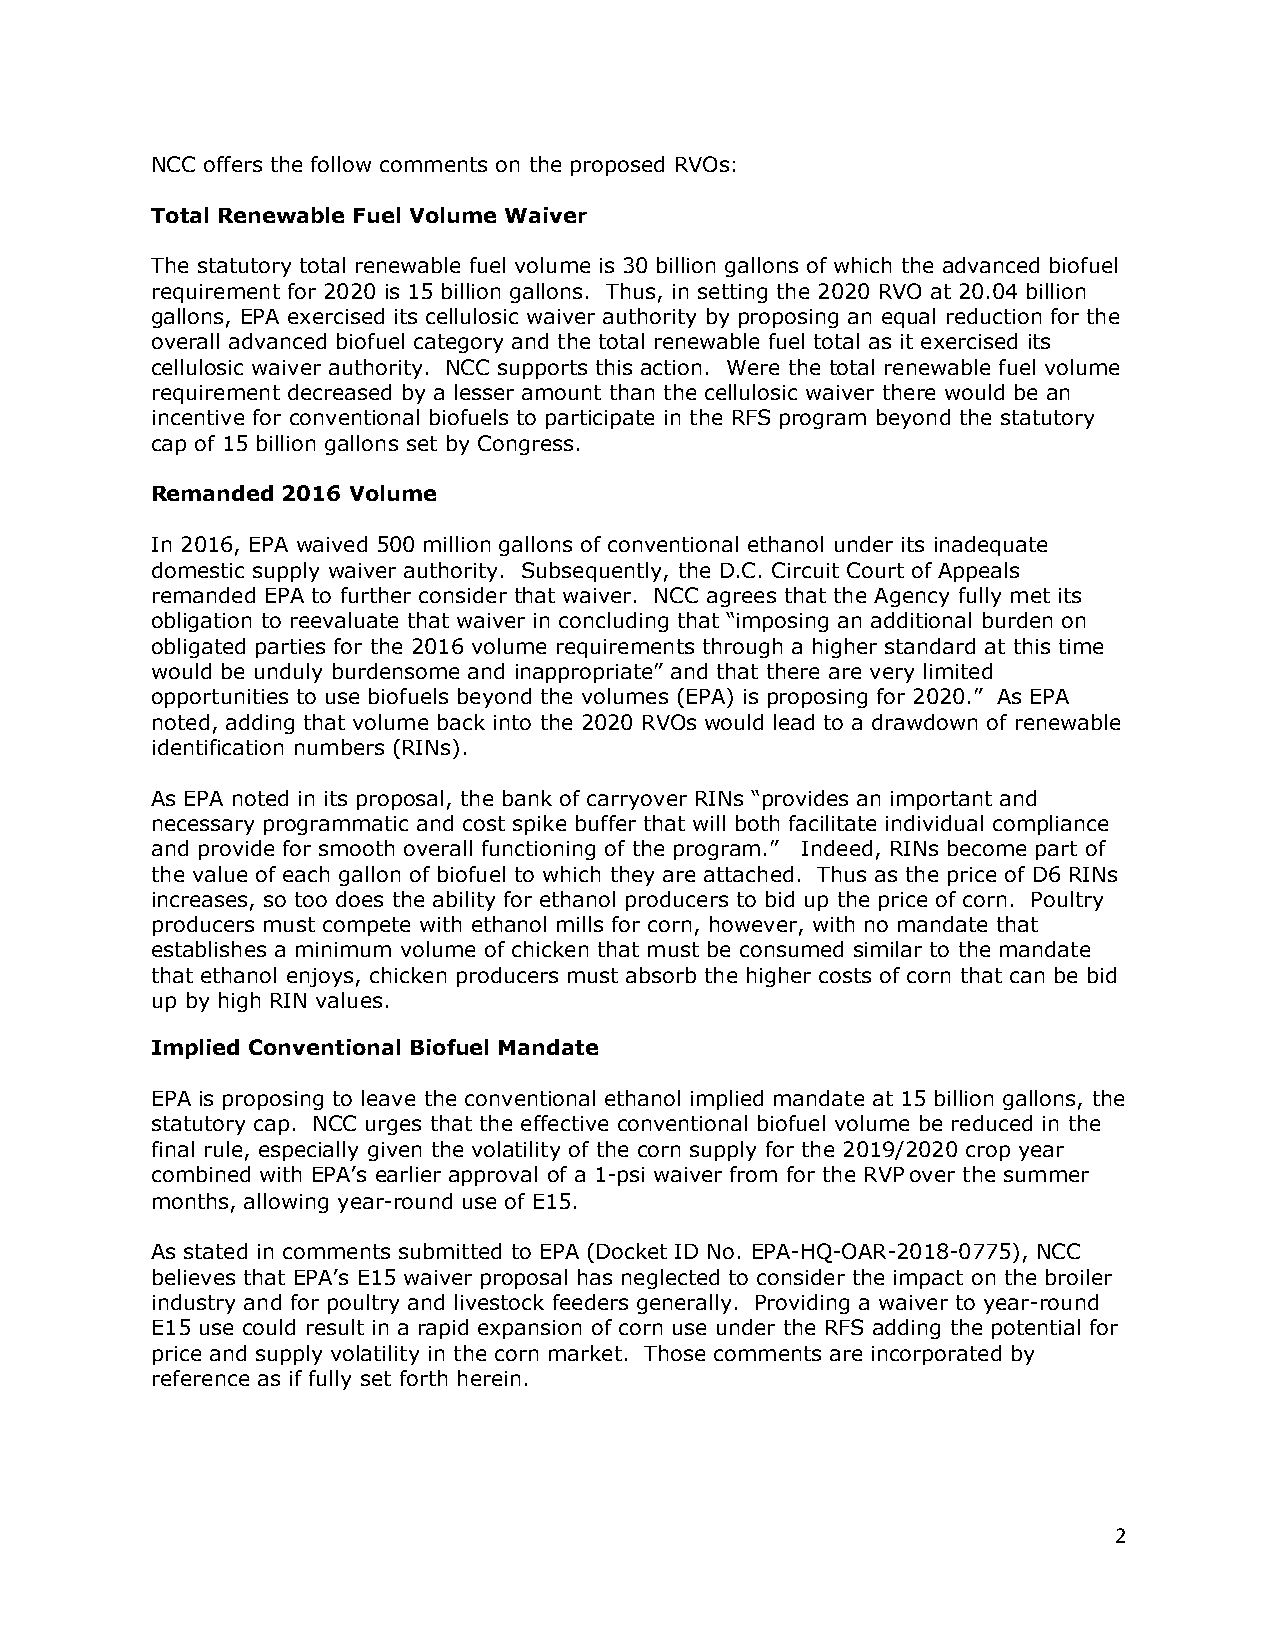
NCC offers the follow comments on the proposed RVOs:
 Total Renewable Fuel Volume Waiver
 The statutory total renewable fuel volume is 30 billion gallons of which the advanced biofuel
 requirement for 2020 is 15 billion gallons. Thus, in setting the 2020 RVO at 20.04 billion
 gallons, EPA exercised its cellulosic waiver authority by proposing an equal reduction for the
 overall advanced biofuel category and the total renewable fuel total as it exercised its
 cellulosic waiver authority. NCC supports this action. Were the total renewable fuel volume
 requirement decreased by a lesser amount than the cellulosic waiver there would be an
 incentive for conventional biofuels to participate in the RFS program beyond the statutory
 cap of 15 billion gallons set by Congress.
 Remanded 2016 Volume
 In 2016, EPA waived 500 million gallons of conventional ethanol under its inadequate
 domestic supply waiver authority. Subsequently, the D.C. Circuit Court of Appeals
 remanded EPA to further consider that waiver. NCC agrees that the Agency fully met its
 obligation to reevaluate that waiver in concluding that “imposing an additional burden on
 obligated parties for the 2016 volume requirements through a higher standard at this time
 would be unduly burdensome and inappropriate” and that there are very limited
 opportunities to use biofuels beyond the volumes (EPA) is proposing for 2020.” As EPA
 noted, adding that volume back into the 2020 RVOs would lead to a drawdown of renewable
 identification numbers (RINs).
 As EPA noted in its proposal, the bank of carryover RINs “provides an important and
 necessary programmatic and cost spike buffer that will both facilitate individual compliance
 and provide for smooth overall functioning of the program.” Indeed, RINs become part of
 the value of each gallon of biofuel to which they are attached. Thus as the price of D6 RINs
 increases, so too does the ability for ethanol producers to bid up the price of corn. Poultry
 producers must compete with ethanol mills for corn, however, with no mandate that
 establishes a minimum volume of chicken that must be consumed similar to the mandate
 that ethanol enjoys, chicken producers must absorb the higher costs of corn that can be bid
 up by high RIN values.
 Implied Conventional Biofuel Mandate
 EPA is proposing to leave the conventional ethanol implied mandate at 15 billion gallons, the
 statutory cap. NCC urges that the effective conventional biofuel volume be reduced in the
 final rule, especially given the volatility of the corn supply for the 2019/2020 crop year
 combined with EPA’s earlier approval of a 1-psi waiver from for the RVP over the summer
 months, allowing year-round use of E15.
 As stated in comments submitted to EPA (Docket ID No. EPA-HQ-OAR-2018-0775), NCC
 believes that EPA’s E15 waiver proposal has neglected to consider the impact on the broiler
 industry and for poultry and livestock feeders generally. Providing a waiver to year-round
 E15 use could result in a rapid expansion of corn use under the RFS adding the potential for
 price and supply volatility in the corn market. Those comments are incorporated by
 reference as if fully set forth herein.
 2